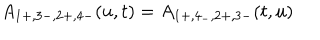
LaTeX: \hspace { - 5 c m } A _ { 1 + , 3 - , 2 + , 4 - } ( u , t ) = A _ { 1 + , 4 _ { - } , 2 + , 3 - } ( t , u )